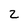
Character: 2